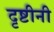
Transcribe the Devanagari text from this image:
दृष्टीनी